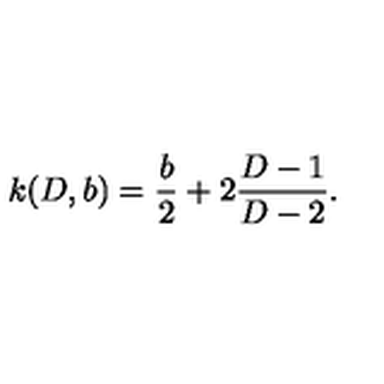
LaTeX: k ( D , b ) = { \frac { b } { 2 } } + 2 { \frac { D - 1 } { D - 2 } } .